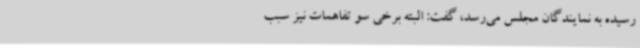
رسیده به نمایندگان مجلس می‌رسد، گفت: البته برخی سو تفاهمات نیز سبب